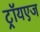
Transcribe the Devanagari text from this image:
ट्रॉयएज